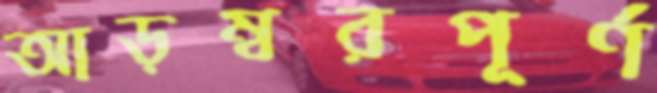
আড়ম্বরপূর্ণ